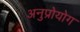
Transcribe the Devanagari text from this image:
अनुप्रोयोग